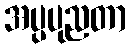
အပ္ပပုညတာ